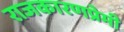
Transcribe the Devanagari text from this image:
राजकारणप्रेमी